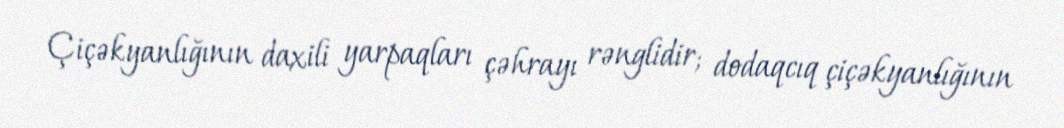
Çiçəkyanlığının daxili yarpaqları çəhrayı rənglidir; dodaqcıq çiçəkyanlığının